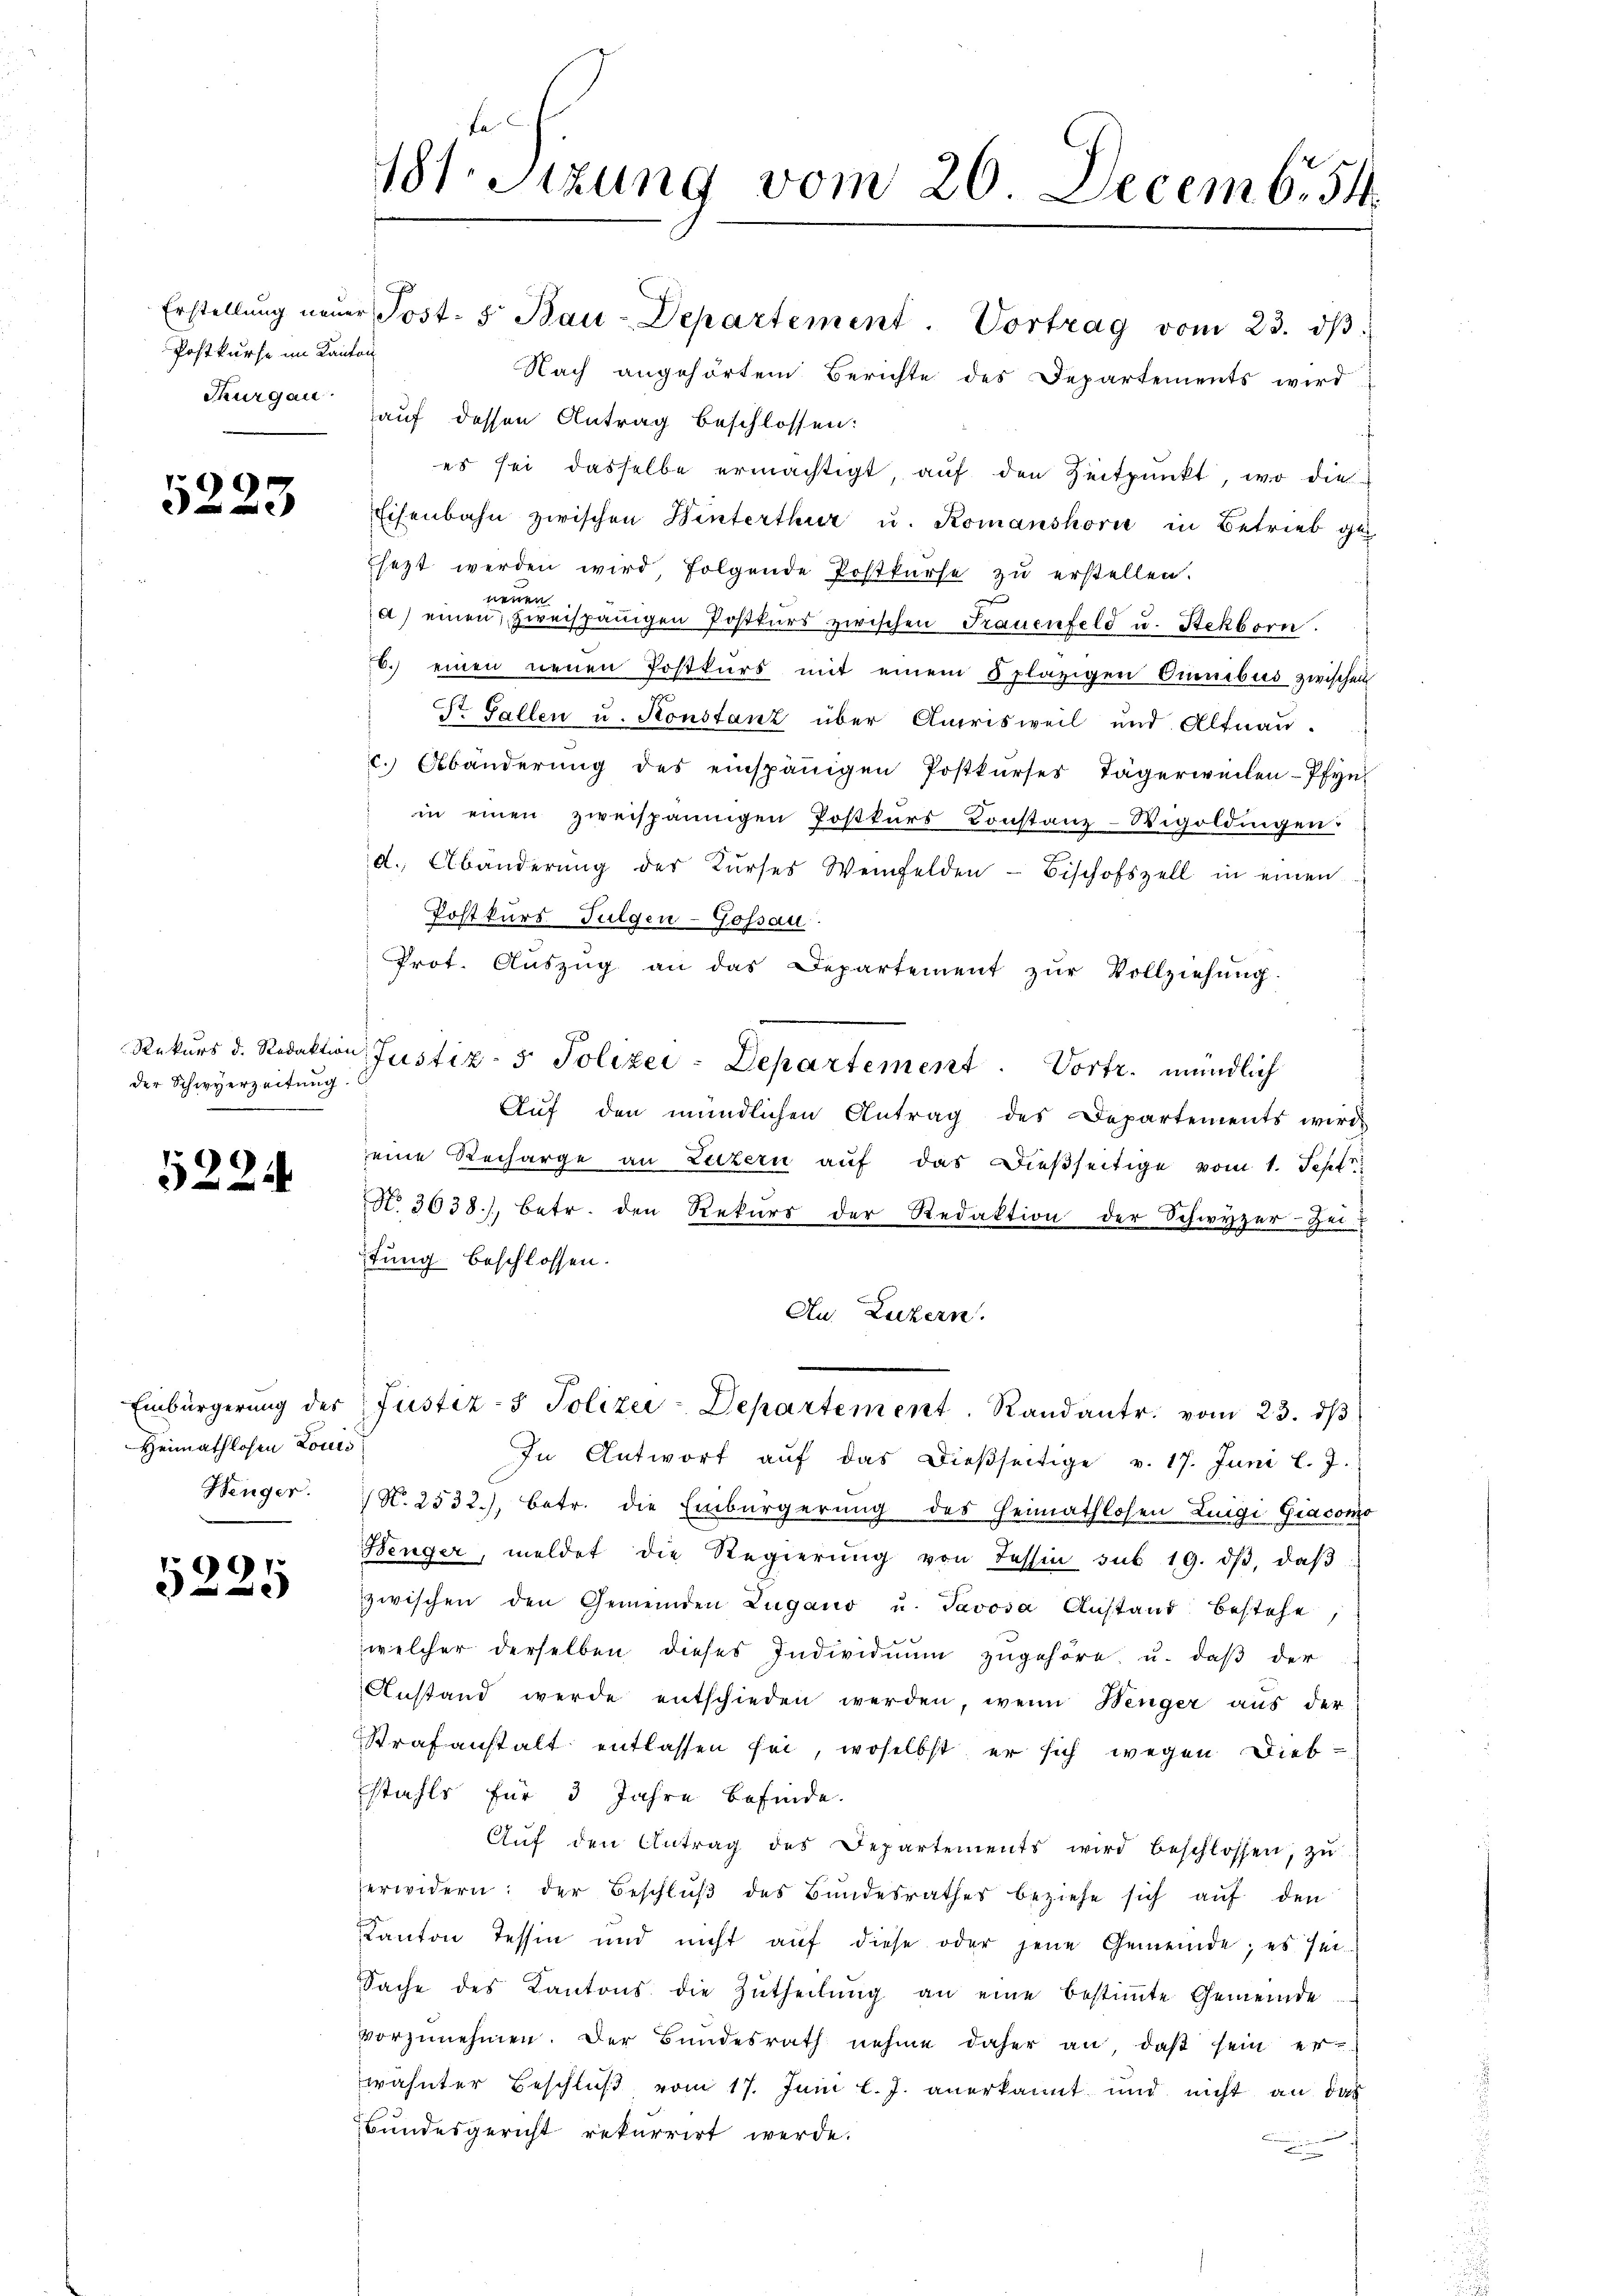
Postkurse im Kanton
Thurgau

9

der Schwyerzeitung.

5224

Heimathlosen Louis
Henger.

99
i

s
Erstellung neuer Post- & Bau-Departement. Vortrag vom 23. dβ.
Nach angehörtem Berichte des Departements wird
auf dessen Antrag beschlossen:
es sei dasselbe ermächtigt, auf den Zeitpunkt, wo die
Eisenbahn zwischen Hinterthur u. Romanshorn in Betrieb ge-
Esezt werden wird folgende Postkŭrse zŭ erstellen.
nen
b
a) einen zweispänigen Postkurs zwischen Frauenfeld u. Stekborn.
b. einen neuen Postkŭrs mit einem Splätzigen Omnibus zwischen
Dr. Gallen u. Konstanz über Amrisweil und Altnau.
c. Abänderŭng des einspänigen Postkŭrses Tägerweilen-Pfyn
in einen zweispännigen Postkŭrs Constanz-Vigoldingen:
d. Abänderŭng der Kŭrses Weinfelden- Bischofszell in einen
Postkurs Fulgen-Gossau.
Prot. Auszug an das Departement zur Vollziehung
Rekurs d. Redaktion Justiz- & Polizei-Departement. Vortr. mündlich
Aŭf den mündlichen Antrag des Departements wird
eine Recharge an Luzern auf das dießseitige vom 1. Sept
N. 3038), betr. den Rekŭrs der Redaktion der Schwyzer-Zei-
tung beschlossen.
An Luzern.
Einbürgerung des Justiz- & Polizei-Departement. Randantr. vom 23. dβ
In Antwort aŭf das dießseitige v. 17. Juni l. J.
 N. 2532), betr. die Einbürgerung des Heimathlosen Luigi Giacono
Benger, meldet die Regierŭng von Tessin sub 19. dβ, daβ
zwischen den Gemeinden Zugano u. Javosa Austand bestehe,
welcher derselben dieses Individuum zugehöre, u. daβ der
Anstand werde entschieden werden, wenn Wenger aŭs der
Strafanstalt entlassen sei, woselbst er sich wegen Diebstahls für 3 Jahre befinde.
Aŭf den Antrag des Departements wird beschlossen, zu
erwidern: der Beschlŭβ des Bŭndesrathes beziehe sich aŭf den
Kanton Tessin und nicht aŭf diese oder jene Gemeinde; es sei-
Sache des Kantons die Zutheilŭng an eine bestiṁte Gemeinde
vorzŭnehmen. Der Bŭndesrath nehme daher an, daβ sein er-
wähnter Beschluß vom 17. Juni l. J. anerkannt und nicht an das
Bundesgericht rekurrirt werde.

181. Sitzung vom 20 Decemb. 54.